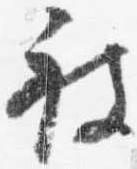
被